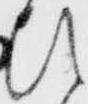
ひ